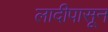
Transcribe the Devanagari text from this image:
लादीपासून